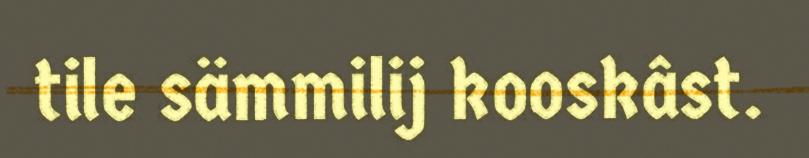
tile sämmilij kooskâst.